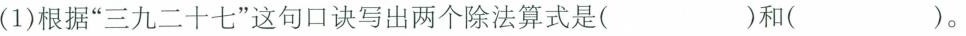
(1)根据”三九二十七”这句口诀写出两个除法算式是( )和( )。